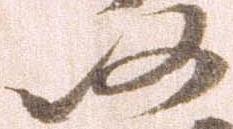
仍